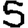
Digit: 5